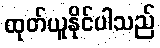
ထုတ်ယူနိုင်ပါသည်